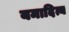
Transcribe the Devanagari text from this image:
यमादित्य